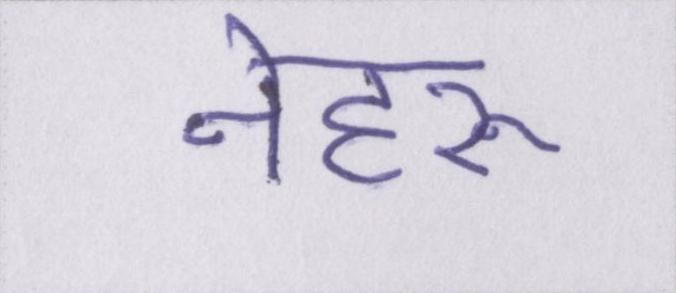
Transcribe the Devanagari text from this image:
नेहरू